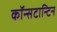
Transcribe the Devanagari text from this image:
कॉन्सटान्टिन